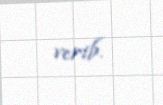
verib.